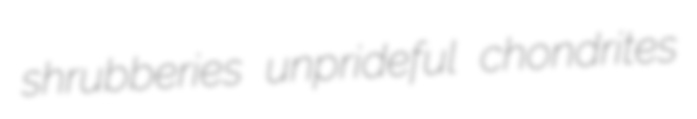
shrubberies unprideful chondrites